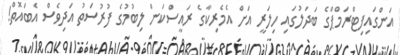
އަންގައިފިޓްރަމްޕްގެ ބަދަލުގައި ހިލަރީ އަށް އެމެރިކާގެ ރައީސްކަން ލިބުމުގެ ފުރުސަތު އަދިވެސް އެބައޮތް!